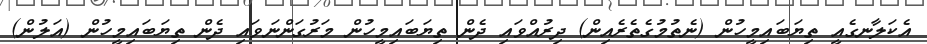
އެކަލާނގެއީ ތިޔަބައިމީހުން (ނެތުމުގެތެރެއިން) ދިރުއްވައި ދެން ތިޔަބައިމީހުން މަރުގަންނަވައި ދެން ތިޔަބައިމީހުން (އަލުން)